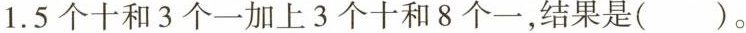
1.5个十和3个一加上3个十和8个一，结果是( )。